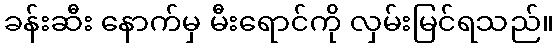
ခန်းဆီး နောက်မှ မီးရောင်ကို လှမ်းမြင်ရသည်။